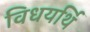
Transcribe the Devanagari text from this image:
विधयर्थि